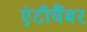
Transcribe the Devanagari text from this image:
एंटीचैंबर